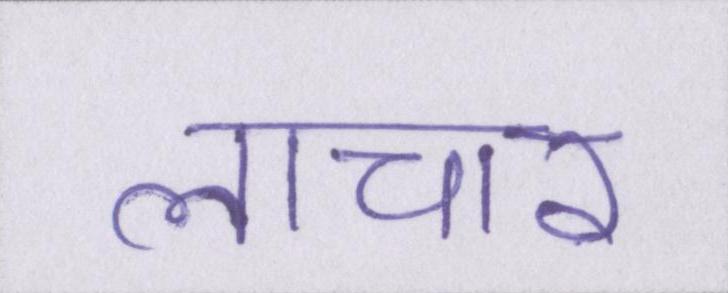
लाचार